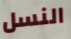
النسل